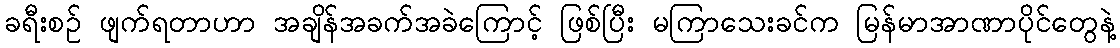
ခရီးစဉ် ဖျက်ရတာဟာ အချိန်အခက်အခဲကြောင့် ဖြစ်ပြီး မကြာသေးခင်က မြန်မာအာဏာပိုင်တွေနဲ့